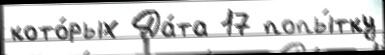
кото́рых Да́та 17 попы́тку